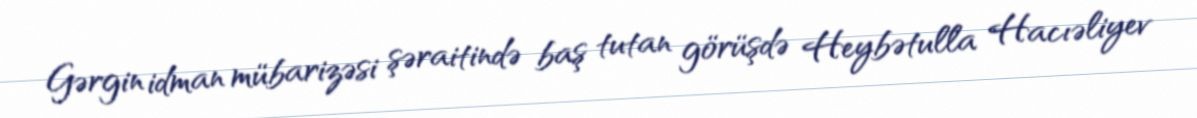
Gərgin idman mübarizəsi şəraitində baş tutan görüşdə Heybətulla Hacıəliyev